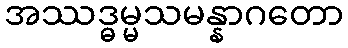
အဿဒ္ဓမ္မသမန္နာဂတော